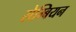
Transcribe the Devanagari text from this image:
सेम्बियन